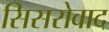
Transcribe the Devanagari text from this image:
सिसरोवाद